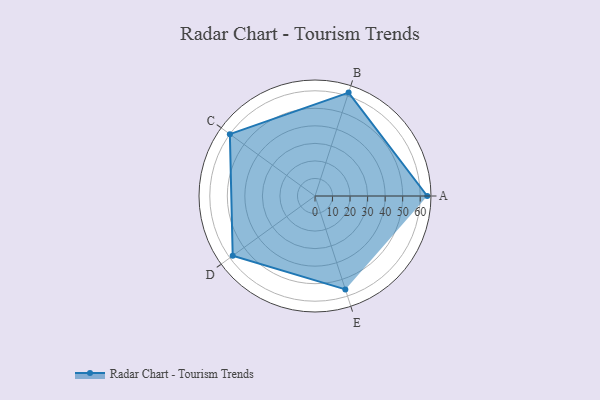
{"axis": {"x": "Skill", "y": "Score"}, "legend": ["Profile"], "data": [{"x": "A", "y": 64.0, "type": "Profile"}, {"x": "B", "y": 62.0, "type": "Profile"}, {"x": "C", "y": 60.0, "type": "Profile"}, {"x": "D", "y": 58.0, "type": "Profile"}, {"x": "E", "y": 56.0, "type": "Profile"}]}